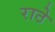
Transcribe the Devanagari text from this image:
राठे